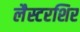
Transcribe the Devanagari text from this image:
लैस्टरशिर